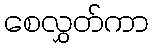
စေလွှတ်ကာ